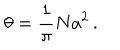
\theta = \frac { 1 } { \pi } N a ^ { 2 } \, .